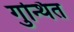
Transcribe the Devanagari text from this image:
गुन्थित